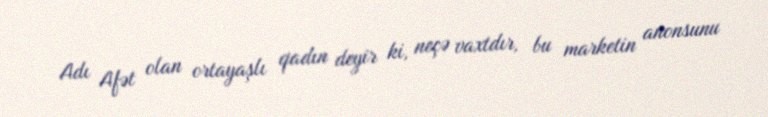
Adı Afət olan ortayaşlı qadın deyir ki, neçə vaxtdır, bu marketin anonsunu